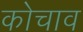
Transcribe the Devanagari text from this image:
कोचाव